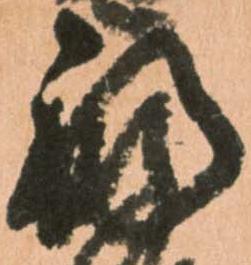
福